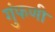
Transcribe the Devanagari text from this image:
गुंफणी